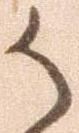
か